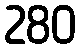
280